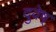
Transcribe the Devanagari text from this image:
दुवेष्